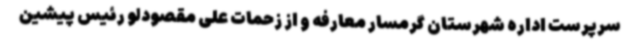
سرپرست اداره شهرستان گرمسار معارفه و از زحمات علی مقصودلو رئیس پیشین